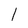
Character: l